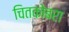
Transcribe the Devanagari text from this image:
चितकोबरा